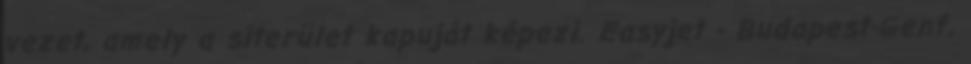
vezet, amely a síterület kapuját képezi. Easyjet - Budapest-Genf,